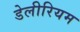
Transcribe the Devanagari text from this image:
डेलीरियम